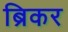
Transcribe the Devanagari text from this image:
ब्रिकर